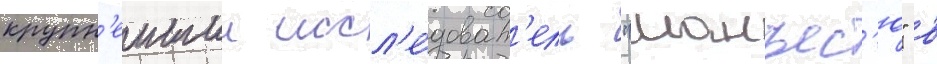
крупн'еишии иссл'е́доват'ель "манъес'ю" в